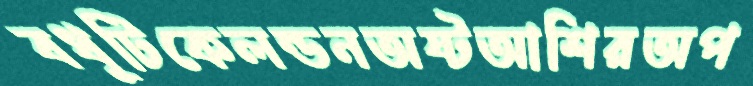
বধূটিকেলন্ডনঅষ্টআশিরঅপ